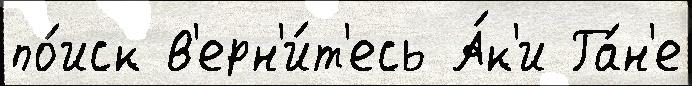
по́иск в'ерн'и́т'есь А́к'и Га́н'е